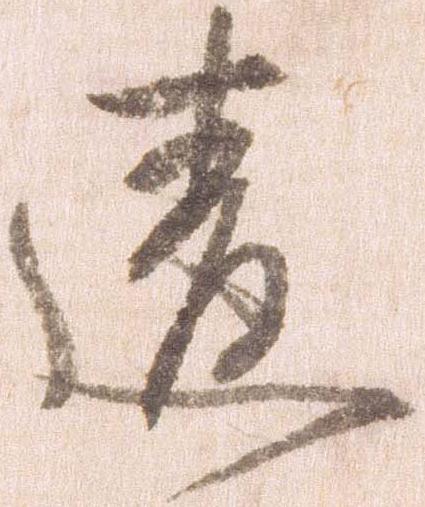
違